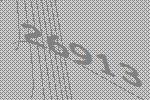
26913